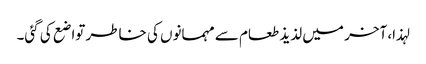
لہذا، آخر میں لذیذ طعام سے مہمانوں کی خاطر تواضع کی گئی۔